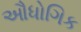
ઔધોગિક